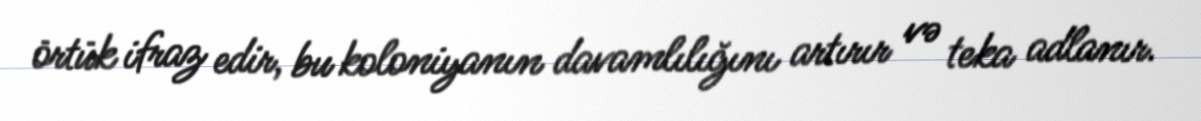
örtük ifraz edir, bu koloniyanın davamlılığını artırır və teka adlanır.